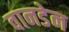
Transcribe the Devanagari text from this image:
वानडेन